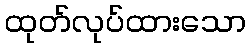
ထုတ်လုပ်ထားသော